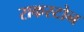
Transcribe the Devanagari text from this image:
राकस्टोन